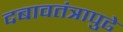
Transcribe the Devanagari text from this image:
दबावतंत्रापुढे